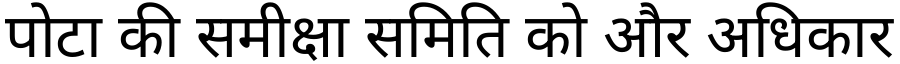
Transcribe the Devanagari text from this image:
पोटा की समीक्षा समिति को और अधिकार